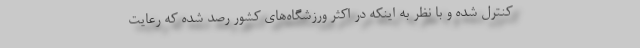
کنترل شده و با نظر به اینکه در اکثر ورزشگاه‌های کشور رصد شده که رعایت